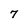
Character: 7